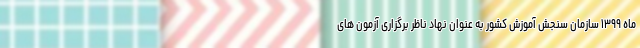
ماه ۱۳۹۹ سازمان سنجش آموزش کشور به عنوان نهاد ناظر برگزاری آزمون های